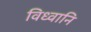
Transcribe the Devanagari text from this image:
विध्वानि